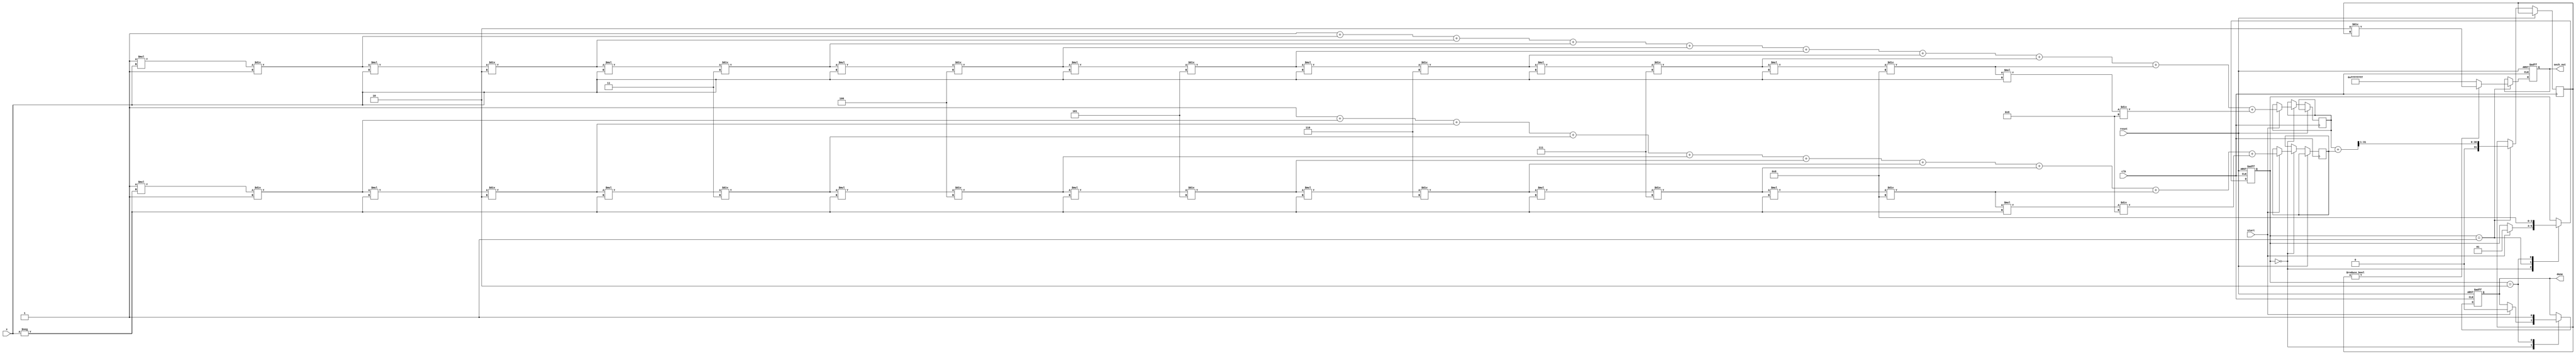
module hyperbolic_secant (
    input        clk,
    input        reset,
    input [31:0] x,       // Input x (fixed-point representation)
    input        start,    // Start signal for computation
    output reg [31:0] sech_out, // Output sech(x)
    output reg        done // Done signal
);

    reg [31:0] e_pos, e_neg; // Variables for e^x and e^-x
    reg [31:0] cosh_x; // Variable for cosh(x)
    reg [1:0] state; // States: 0 - IDLE, 1 - COMPUTE, 2 - DONE

    // State definitions
    localparam IDLE = 2'b00, COMPUTE = 2'b01, DONE = 2'b10;

    // Exponential function approximation using Taylor series
    function [31:0] exp_approx(input [31:0] x);
        reg [31:0] term;
        reg [31:0] sum;
        integer i;
        begin
            term = 32'h00000001; // First term: 1
            sum = term;
            for (i = 1; i < 10; i = i + 1) begin
                term = term * x / i; // Compute term: x^i / i!
                sum = sum + term;     // Accumulate sum
            end
            exp_approx = sum;
        end
    endfunction

    // Sequential logic for state machine
    always @(posedge clk or posedge reset) begin
        if (reset) begin
            state <= IDLE;
            sech_out <= 32'b0;
            done <= 0;
        end else begin
            case (state)
                IDLE: begin
                    if (start) begin
                        e_pos <= exp_approx(x); // Calculate e^x
                        e_neg <= exp_approx(-x); // Calculate e^-x
                        state <= COMPUTE;
                        done <= 0;
                    end
                end
                COMPUTE: begin
                    cosh_x <= (e_pos + e_neg) >> 1; // Calculate cosh(x)
                    if (cosh_x != 0) begin
                        sech_out <= (32'h00000002 * 32'h00000001) / cosh_x; // sech(x) = 2 / cosh(x)
                    end else begin
                        sech_out <= 32'hFFFFFFFF;  // Handle division by zero
                    end
                    state <= DONE;
                end
                DONE: begin
                    done <= 1;
                    state <= IDLE;
                end
            endcase
        end
    end
endmodule